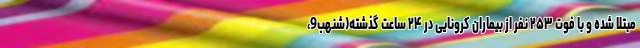
مبتلا شده و با فوت ۲۵۳ نفر از بیماران کرونایی در ۲۴ ساعت گذشته(شنهب9،